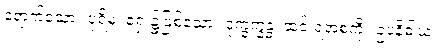
ရောက်သော။ ပုရိမံ၊ ရှေး၌ဖြစ်သော။ ဒုက္ခက္ခန္ဓံ၊ ဆင်းရဲအစုကို။ ဥပနိဓါယ၊